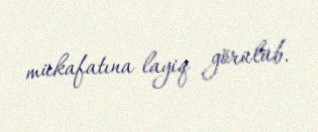
mükafatına layiq görülüb.